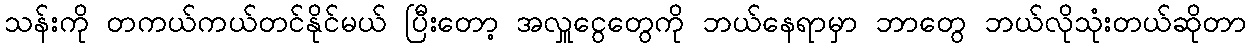
သန်းကို တကယ်ကယ်တင်နိုင်မယ် ပြီးတော့ အလှူငွေတွေကို ဘယ်နေရာမှာ ဘာတွေ ဘယ်လိုသုံးတယ်ဆိုတာ